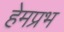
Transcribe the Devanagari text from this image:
हेमप्रभ